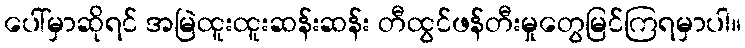
ပေါ်မှာဆိုရင် အမြဲထူးထူးဆန်းဆန်း တီထွင်ဖန်တီးမှုတွေမြင်ကြရမှာပါ။